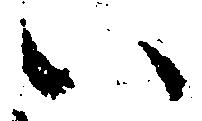
い